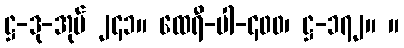
ဋ္ဌ-ဒု-အုပ် ၂၄၁။ ထေရီ-ပါ-၄၀၀၊ ဋ္ဌ-၁၇၂။ ။